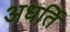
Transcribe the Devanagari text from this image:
अधर्ति